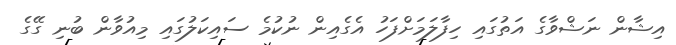
އިޝާން ނަޝްވާގެ އަތުގައި ހިފާލަމަށްފަހު އެގެއިން ނުކުމެ ސައިކަލުގައި މިއުވާން ބުނި ގޭގެ